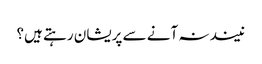
نیند نہ آنے سے پریشان رہتے ہیں؟